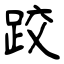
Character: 跤